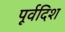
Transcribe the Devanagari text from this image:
पूर्वदिश